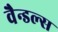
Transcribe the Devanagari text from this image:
वैन्डल्स